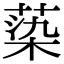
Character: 蒅